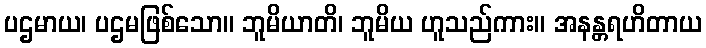
ပဌမာယ၊ ပဌမဖြစ်သော။ ဘူမိယာတိ၊ ဘူမိယ ဟူသည်ကား။ အနန္တရဟိတာယ